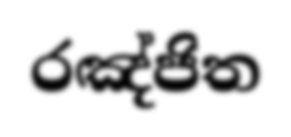
රඤ්ජිත